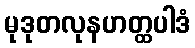
မုဒုတလုနဟတ္ထပါဒံ